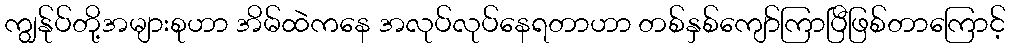
ကျွန်ုပ်တို့အများစုဟာ အိမ်ထဲကနေ အလုပ်လုပ်နေရတာဟာ တစ်နှစ်ကျော်ကြာပြီဖြစ်တာကြောင့်